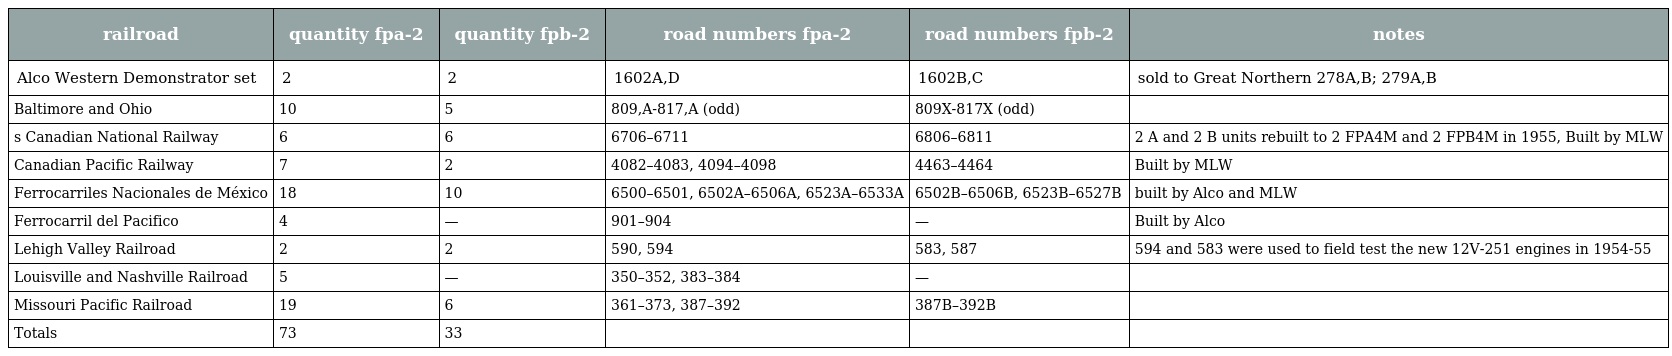
| railroad | quantity fpa-2 | quantity fpb-2 | road numbers fpa-2 | road numbers fpb-2 | notes |
 | --- | --- | --- | --- | --- | --- |
 | Alco Western Demonstrator set | 2 | 2 | 1602A,D | 1602B,C | sold to Great Northern 278A,B; 279A,B |
 | Baltimore and Ohio | 10 | 5 | 809,A-817,A (odd) | 809X-817X (odd) |  |
 | s Canadian National Railway | 6 | 6 | 6706–6711 | 6806–6811 | 2 A and 2 B units rebuilt to 2 FPA4M and 2 FPB4M in 1955, Built by MLW |
 | Canadian Pacific Railway | 7 | 2 | 4082–4083, 4094–4098 | 4463–4464 | Built by MLW |
 | Ferrocarriles Nacionales de México | 18 | 10 | 6500–6501, 6502A–6506A, 6523A–6533A | 6502B–6506B, 6523B–6527B | built by Alco and MLW |
 | Ferrocarril del Pacifico | 4 | — | 901–904 | — | Built by Alco |
 | Lehigh Valley Railroad | 2 | 2 | 590, 594 | 583, 587 | 594 and 583 were used to field test the new 12V-251 engines in 1954-55 |
 | Louisville and Nashville Railroad | 5 | — | 350–352, 383–384 | — |  |
 | Missouri Pacific Railroad | 19 | 6 | 361–373, 387–392 | 387B–392B |  |
 | Totals | 73 | 33 |  |  |  |